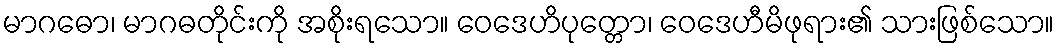
မာဂဓော၊ မာဂဓတိုင်းကို အစိုးရသော။ ဝေဒေဟိပုတ္တော၊ ဝေဒေဟီမိဖုရား၏ သားဖြစ်သော။